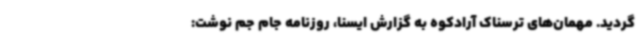
گردید. مهمان‌های ترسناک آرادکوه به گزارش ایسنا، روزنامه جام‌ جم نوشت: